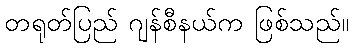
တရုတ်ပြည် ဂျန်စီနယ်က ဖြစ်သည်။